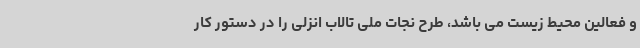
و فعالین محیط زیست می باشد، طرح نجات ملی تالاب انزلی را در دستور کار